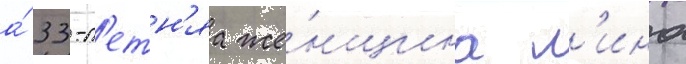
а́ 33-л'етн'яа же́нщина л'ина